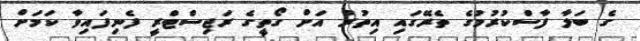
ގެ ބަލާ ފާސްކުރުމުގެ ތެރޭގައި އިތުރު އަށް ގޯތީގެ ރަޖިސްޓްރީ ފެނިފައިވާ ކަމަށް